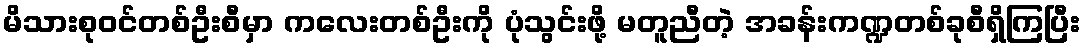
မိသားစုဝင်တစ်ဦးစီမှာ ကလေးတစ်ဦးကို ပုံသွင်းဖို့ မတူညီတဲ့ အခန်းကဏ္ဍတစ်ခုစီရှိကြပြီး